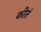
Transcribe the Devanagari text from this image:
कीतं